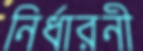
নির্ধারনী